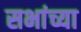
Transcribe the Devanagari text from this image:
सभांच्या